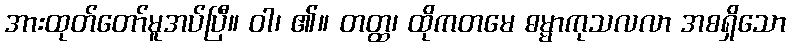
အားထုတ်တော်မူအပ်ပြီ။ ဝါ၊ ၏။ တတ္ထ၊ ထိုကတမေ ဓမ္မာကုသလလာ အစရှိသော